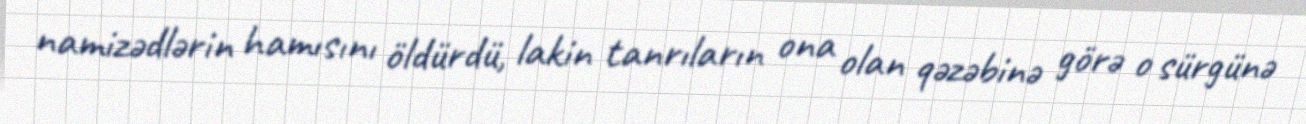
namizədlərin hamısını öldürdü, lakin tanrıların ona olan qəzəbinə görə o sürgünə